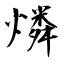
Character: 燐